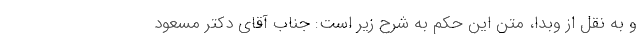
و به نقل از وبدا، متن این حکم به شرح زیر است: جناب آقای دکتر مسعود